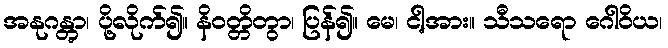
အနုဂန္တွာ၊ ပို့လိုက်၍။ နိဝတ္တိတွာ၊ ပြန်၍။ မေ၊ ငါ့အား။ သီသရော ဂေါဝိယ၊